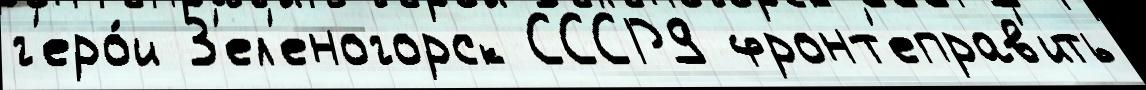
г'еро́и З'ел'еногорск СССР9 фронт'еправ'ить